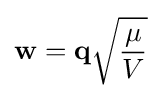
\mathbf {w} =\mathbf {q} {\sqrt {\frac {\mu }{V}}}